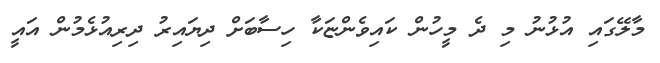
މާލޭގައި އުޅުނު މި ދެ މީހުން ކައިވެންޏަކާ ހިސާބަށް ދިޔައިރު ދިރިއުޅެމުން އައީ